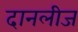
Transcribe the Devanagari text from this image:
दानलीज